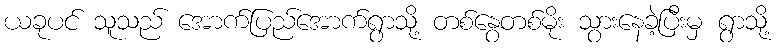
ယခုပင် သူသည် အောက်ပြည်အောက်ရွာသို့ တစ်နွေတစ်မိုး သွားနေခဲ့ပြီးမှ ရွာသို့